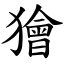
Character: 獪